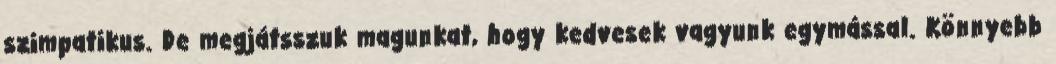
szimpatikus. De megjátsszuk magunkat, hogy kedvesek vagyunk egymással. Könnyebb